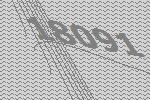
18091